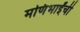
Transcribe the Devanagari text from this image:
मणिभाईंची